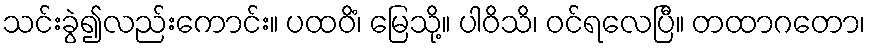
သင်းခွဲ၍လည်းကောင်း။ ပထဝိံ၊ မြေသို့။ ပါဝိသိ၊ ဝင်ရလေပြီ။ တထာဂတော၊